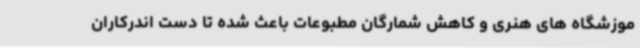
موزشگاه های هنری و کاهش شمارگان مطبوعات باعث شده تا دست اندرکاران